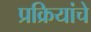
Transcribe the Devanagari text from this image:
प्रक्रियांचे